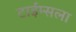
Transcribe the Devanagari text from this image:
टाईम्सला